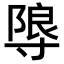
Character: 𭔼